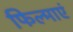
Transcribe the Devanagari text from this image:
फिल्माएं